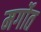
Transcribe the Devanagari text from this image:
मर्गोत